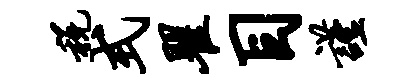
税式瞿目谨